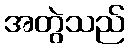
အတွဲသည်